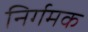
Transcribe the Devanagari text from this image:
निर्गमक